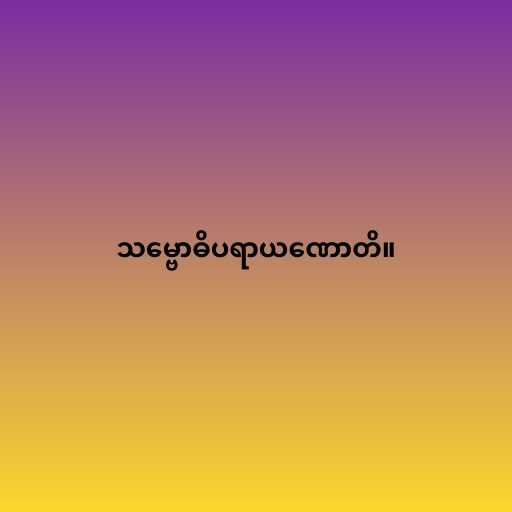
သမ္ဗောဓိပရာယဏောတိ။